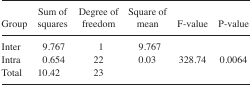
<table><thead><tr><td><b>Group</b></td><td><b>Sum of squares</b></td><td><b>Degree of freedom</b></td><td><b>Square of mean</b></td><td><b>F-value</b></td><td><b>P-value</b></td></tr></thead><tbody><tr><td>Inter</td><td>9.767</td><td>1</td><td>9.767</td><td></td><td></td></tr><tr><td>Intra</td><td>0.654</td><td>22</td><td>0.03</td><td>328.74</td><td>0.0064</td></tr><tr><td>Total</td><td>10.42</td><td>23</td><td></td><td></td><td></td></tr></tbody></table>